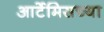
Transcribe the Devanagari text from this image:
आर्टेमिसच्या